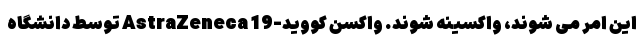
این امر می شوند، واکسینه شوند. واکسن کووید-19 AstraZeneca توسط دانشگاه